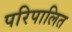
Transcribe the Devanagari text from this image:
परिपालित